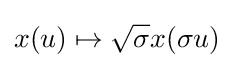
x(u)\mapsto {\sqrt {\sigma }}x(\sigma u)